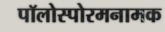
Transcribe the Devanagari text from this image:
पॉलोस्पोरमनामक